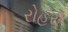
રોહરી